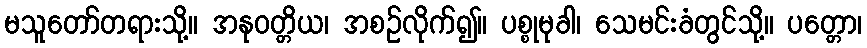
မသူတော်တရားသို့။ အနုဝတ္တိယ၊ အစဉ်လိုက်၍။ ပစ္စုမုခါ၊ သေမင်းခံတွင်သို့။ ပတ္တော၊